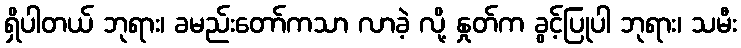
ရှိပါတယ် ဘုရား၊ ခမည်းတော်ကသာ လာခဲ့ လို့ နှုတ်က ခွင့်ပြုပါ ဘုရား၊ သမီး